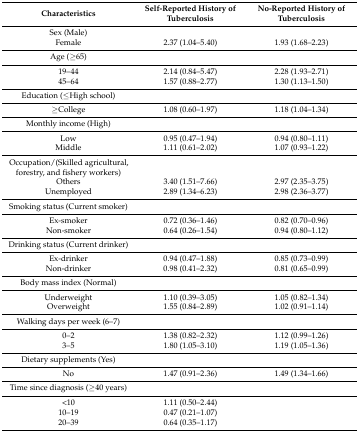
<table><thead><tr><td><b>Characteristics</b></td><td><b>Self-Reported History of Tuberculosis</b></td><td><b>No-Reported History of Tuberculosis</b></td></tr></thead><tbody><tr><td>Sex (Male)</td><td></td><td></td></tr><tr><td>Female</td><td>2.37 (1.04–5.40)</td><td>1.93 (1.68–2.23)</td></tr><tr><td>Age (≥65)</td><td></td><td></td></tr><tr><td>19–44</td><td>2.14 (0.84–5.47)</td><td>2.28 (1.93–2.71)</td></tr><tr><td>45–64</td><td>1.57 (0.88–2.77)</td><td>1.30 (1.13–1.50)</td></tr><tr><td>Education (≤High school)</td><td></td><td></td></tr><tr><td>≥College</td><td>1.08 (0.60–1.97)</td><td>1.18 (1.04–1.34)</td></tr><tr><td>Monthly income (High)</td><td></td><td></td></tr><tr><td>Low</td><td>0.95 (0.47–1.94)</td><td>0.94 (0.80–1.11)</td></tr><tr><td>Middle</td><td>1.11 (0.61–2.02)</td><td>1.07 (0.93–1.22)</td></tr><tr><td>Occupation/(Skilled agricultural, forestry, and fishery workers)</td><td></td><td></td></tr><tr><td>Others</td><td>3.40 (1.51–7.66)</td><td>2.97 (2.35–3.75)</td></tr><tr><td>Unemployed</td><td>2.89 (1.34–6.23)</td><td>2.98 (2.36–3.77)</td></tr><tr><td>Smoking status (Current smoker)</td><td></td><td></td></tr><tr><td>Ex-smoker</td><td>0.72 (0.36–1.46)</td><td>0.82 (0.70–0.96)</td></tr><tr><td>Non-smoker</td><td>0.64 (0.26–1.54)</td><td>0.94 (0.80–1.12)</td></tr><tr><td>Drinking status (Current drinker)</td><td></td><td></td></tr><tr><td>Ex-drinker</td><td>0.94 (0.47–1.88)</td><td>0.85 (0.73–0.99)</td></tr><tr><td>Non-drinker</td><td>0.98 (0.41–2.32)</td><td>0.81 (0.65–0.99)</td></tr><tr><td>Body mass index (Normal)</td><td></td><td></td></tr><tr><td>Underweight</td><td>1.10 (0.39–3.05)</td><td>1.05 (0.82–1.34)</td></tr><tr><td>Overweight</td><td>1.55 (0.84–2.89)</td><td>1.02 (0.91–1.14)</td></tr><tr><td>Walking days per week (6–7)</td><td></td><td></td></tr><tr><td>0–2</td><td>1.38 (0.82–2.32)</td><td>1.12 (0.99–1.26)</td></tr><tr><td>3–5</td><td>1.80 (1.05–3.10)</td><td>1.19 (1.05–1.36)</td></tr><tr><td>Dietary supplements (Yes)</td><td></td><td></td></tr><tr><td>No</td><td>1.47 (0.91–2.36)</td><td>1.49 (1.34–1.66)</td></tr><tr><td>Time since diagnosis (≥40 years)</td><td></td><td></td></tr><tr><td>&lt;10</td><td>1.11 (0.50–2.44)</td><td></td></tr><tr><td>10–19</td><td>0.47 (0.21–1.07)</td><td></td></tr><tr><td>20–39</td><td>0.64 (0.35–1.17)</td><td></td></tr></tbody></table>